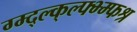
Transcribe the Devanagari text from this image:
ग्म्द्ल्क्ल्फ्भ्म्फश्र